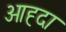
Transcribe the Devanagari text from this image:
ओह्दा